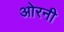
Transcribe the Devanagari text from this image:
ओरनी